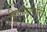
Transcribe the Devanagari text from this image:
बियाणासाठी